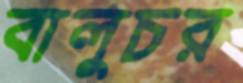
বালুচর